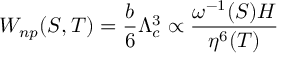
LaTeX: W _ { n p } ( S , T ) = \frac { b } { 6 } \Lambda _ { c } ^ { 3 } \propto \frac { \omega ^ { - 1 } ( S ) H } { \eta ^ { 6 } ( T ) }